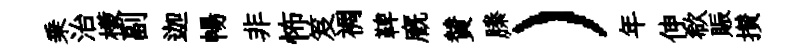
乗治檬副迦暢非怖笈裯鞞廐賛縢）年伸欷賑攅